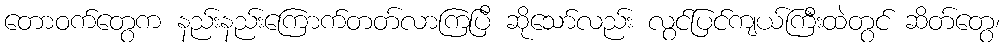
တောဝက်တွေက နည်းနည်းကြောက်တတ်လာကြပြီ ဆိုသော်လည်း လွင်ပြင်ကျယ်ကြီးထဲတွင် ဆိတ်တွေ၊